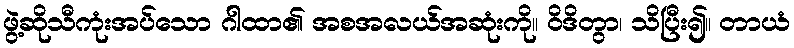
ဖွဲ့ဆိုသီကုံးအပ်သော ဂါထာ၏ အစအလယ်အဆုံးကို။ ဝိဒိတွာ၊ သိပြီး၍။ တာယံ